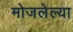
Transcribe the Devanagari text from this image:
मोजलेल्या